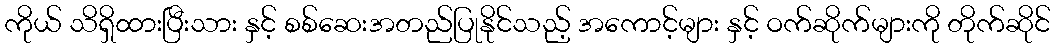
ကိုယ် သိရှိထားပြီးသား နှင့် စစ်ဆေးအတည်ပြုနိုင်သည့် အကောင့်များ နှင့် ဝက်ဆိုက်များကို တိုက်ဆိုင်